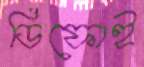
ডিফোই